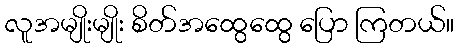
လူအမျိုးမျိုး စိတ်အထွေထွေ ပြော ကြတယ်။